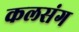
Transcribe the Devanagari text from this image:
कलसंग